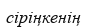
сіріңкенің